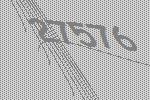
27576